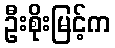
ဦးစိုးမြင့်က